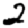
Digit: 2